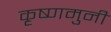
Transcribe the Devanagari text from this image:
कृष्णमुनी